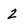
Character: 2